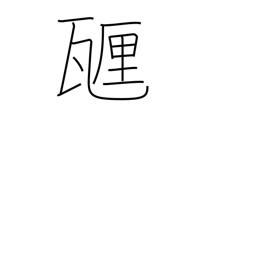
Meaning: centigram